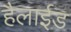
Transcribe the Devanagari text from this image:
हैलाईड